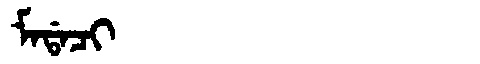
Manchu: ᠮᠠᡩᠠᠴᡳ
Romanization: MADACI